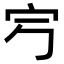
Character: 𡧂